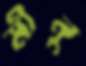
মীনু